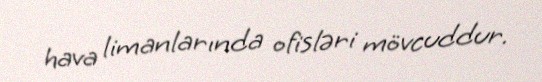
hava limanlarında ofisləri mövcuddur.